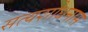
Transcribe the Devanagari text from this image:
सत्यशोधनास